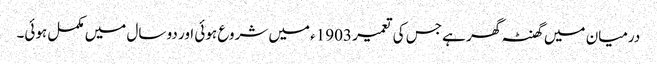
درمیان میں گھنٹہ گھر ہے جس کی تعمیر 1903ء میں شروع ہوئی اور دو سال میں مکمل ہوئی۔